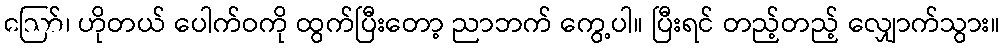
ဪ၊ ဟိုတယ် ပေါက်ဝကို ထွက်ပြီးတော့ ညာဘက် ကွေ့ပါ။ ပြီးရင် တည့်တည့် လျှောက်သွား။